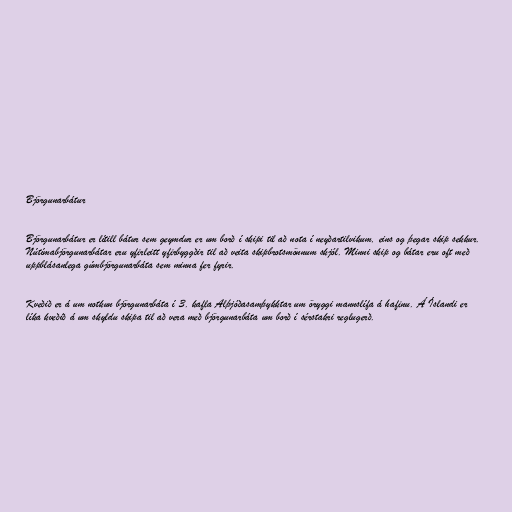
Björgunarbátur

Björgunarbátur er lítill bátur sem geymdur er um borð í skipi til að nota í neyðartilvikum, eins og þegar skip sekkur.
Nútímabjörgunarbátar eru yfirleitt yfirbyggðir til að veita skipbrotsmönnum skjól. Minni skip og bátar eru oft með
uppblásanlega gúmbjörgunarbáta sem minna fer fyrir.

Kveðið er á um notkun björgunarbáta í 3. kafla Alþjóðasamþykktar um öryggi mannslífa á hafinu. Á Íslandi er
líka kveðið á um skyldu skipa til að vera með björgunarbáta um borð í sérstakri reglugerð.